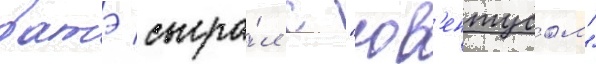
батэ сыгра́л с "юв'ентусом"